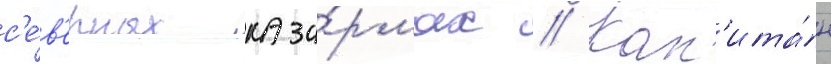
с'е́в'ерных каза́рмах // Кап'ита́н